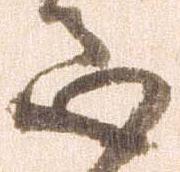
心